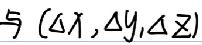
与$(\Delta x,\Delta y,\Delta z)$